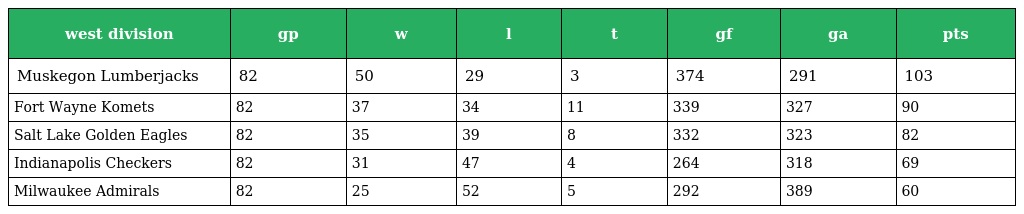
| west division | gp | w | l | t | gf | ga | pts |
 | --- | --- | --- | --- | --- | --- | --- | --- |
 | Muskegon Lumberjacks | 82 | 50 | 29 | 3 | 374 | 291 | 103 |
 | Fort Wayne Komets | 82 | 37 | 34 | 11 | 339 | 327 | 90 |
 | Salt Lake Golden Eagles | 82 | 35 | 39 | 8 | 332 | 323 | 82 |
 | Indianapolis Checkers | 82 | 31 | 47 | 4 | 264 | 318 | 69 |
 | Milwaukee Admirals | 82 | 25 | 52 | 5 | 292 | 389 | 60 |